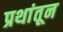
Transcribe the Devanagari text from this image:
प्रथांतून